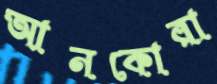
আনকোরা